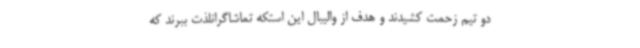
دو تیم زحمت کشیدند و هدف از والیبال این استکه تماشاگرانلذت ببرند که